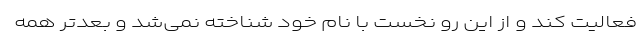
فعالیت کند و از این رو نخست با نام خود شناخته نمی‌شد و بعدتر همه